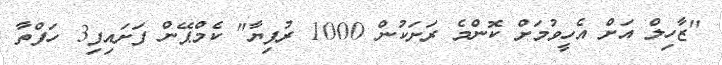
"ޒާހިލް އަށް އެހީވުމަށް ކޮންމެ ރަށަކުން 1000 ރުފިޔާ" ކެމްޕޭން ފަށައިފި3 ހަފްތާ